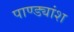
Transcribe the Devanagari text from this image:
पाण्ड्यांश